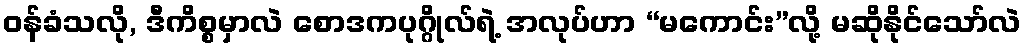
ဝန်ခံသလို, ဒီကိစ္စမှာလဲ စောဒကပုဂ္ဂိုလ်ရဲ့ အလုပ်ဟာ “မကောင်း”လို့ မဆိုနိုင်သော်လဲ